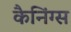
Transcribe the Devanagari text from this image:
कैनिंग्स